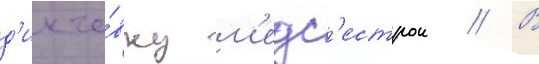
д'икто́вку м'едс'естрои // В